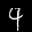
Label: 4